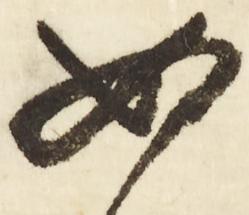
如